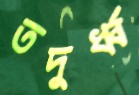
তদুর্ধ্ব